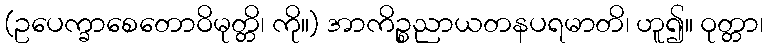
(ဥပေက္ခာစေတောဝိမုတ္တိ၊ ကို။) အာကိဉ္စညာယတနပရမာတိ၊ ဟူ၍။ ဝုတ္တာ၊